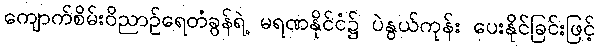
ကျောက်စိမ်းဝိညာဉ်ရေတံခွန်ရဲ့ မရဏနိုင်ငံ၌ ပဲနွယ်ကုန်း ပေးနိုင်ခြင်းဖြင့်